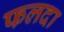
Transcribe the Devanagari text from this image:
फलदा